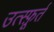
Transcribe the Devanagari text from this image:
उत्स्फ़ूर्त